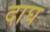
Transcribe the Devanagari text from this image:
दाघ